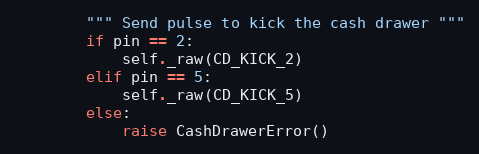
Language: Python
        """ Send pulse to kick the cash drawer """
        if pin == 2:
            self._raw(CD_KICK_2)
        elif pin == 5:
            self._raw(CD_KICK_5)
        else:
            raise CashDrawerError()